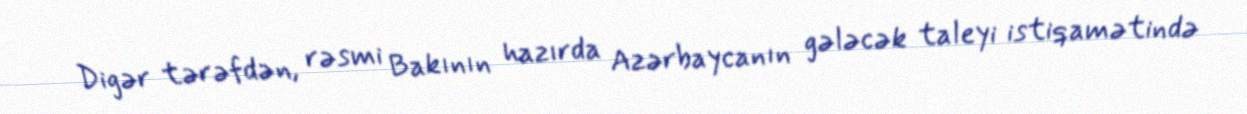
Digər tərəfdən, rəsmi Bakının hazırda Azərbaycanın gələcək taleyi istiqamətində